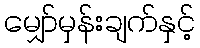
မျှော်မှန်းချက်နှင့်